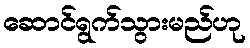
ဆောင်ရွက်သွားမည်ဟု